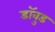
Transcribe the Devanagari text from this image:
डॉवुड